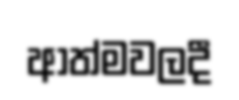
ආත්මවලදී